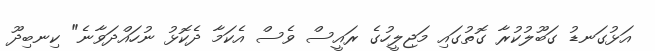
އަޅުގަނޑު ގަބޫލުކުރާ ގޮތުގައި މަޖިލީހުގެ ރައީސް ވެސް އެކަމާ ދެކޮޅު ނުހައްދަވާނެ" ކިނބިދޫ